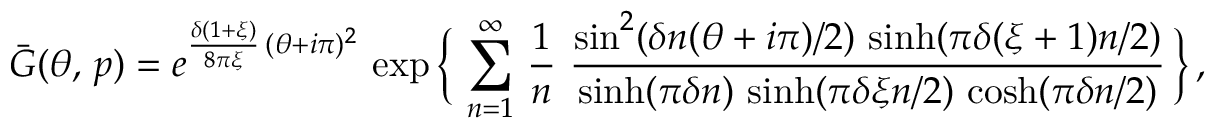
\bar { G } ( \theta , \, p ) = e ^ { \frac { \delta ( 1 + \xi ) } { 8 \pi \xi } \, ( \theta + i \pi ) ^ { 2 } } \, \exp \bigg \{ \, \sum _ { n = 1 } ^ { \infty } \, \frac { 1 } { n } \ \frac { \sin ^ { 2 } ( \delta n ( \theta + i \pi ) / 2 ) \, \sinh ( \pi \delta ( \xi + 1 ) n / 2 ) } { \sinh ( \pi \delta n ) \, \sinh ( \pi \delta \xi n / 2 ) \, \cosh ( \pi \delta n / 2 ) } \, \bigg \} \, ,